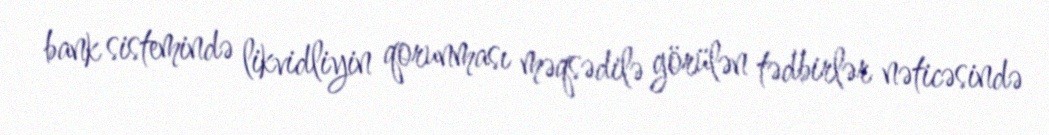
bank sistemində likvidliyin qorunması məqsədilə görülən tədbirlər nəticəsində